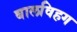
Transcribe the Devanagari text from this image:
बालविहग